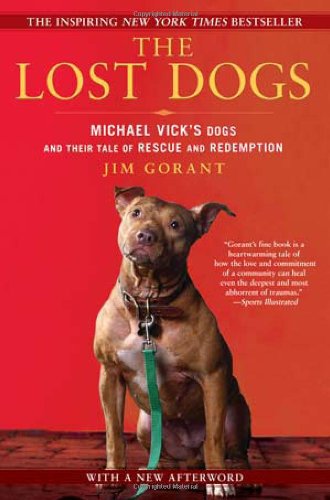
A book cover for The Lost Dogs: Michael Vick's Dogs and Their Tale of Rescue and Redemption; Jim Gorant; Crafts, Hobbies & Home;